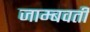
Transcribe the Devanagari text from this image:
जाम्‍बवती